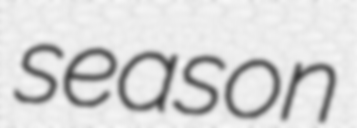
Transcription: season